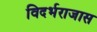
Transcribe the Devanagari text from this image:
विदर्भराजास